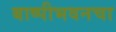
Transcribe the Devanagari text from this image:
बाष्पीभवनचा